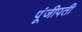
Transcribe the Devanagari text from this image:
पूंजीपती